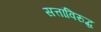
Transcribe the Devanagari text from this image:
सत्तांविरुद्ध